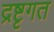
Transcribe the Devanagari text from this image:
द्रष्टृगत